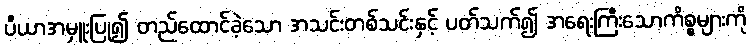
ပီယာအမှူးပြု၍ တည်ထောင်ခဲ့သော အသင်းတစ်သင်းနှင့် ပတ်သက်၍ အရေးကြီးသောကိစ္စများကို